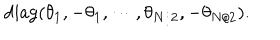
\mathrm { d i a g } ( \theta _ { 1 } , - \theta _ { 1 } , \cdots , \theta _ { N / 2 } , - \theta _ { N / 2 } ) .